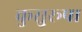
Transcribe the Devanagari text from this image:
कुसुरूपा